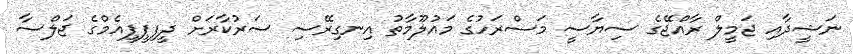
ނަޝީދާއި ޖަމީލް ރާއްޖޭގެ ސިޔާސީ މަސްރަހުގެ މައުލޫމާތު އިނގިރޭސި ސަރުކާރަށް ދީފިޕީޕީއެމްގެ ޖަލްސާ